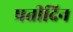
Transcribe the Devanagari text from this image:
प्रतीदिन